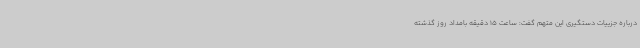
درباره جزییات دستگیری این متهم گفت: ساعت 15 دقیقه بامداد روز گذشته